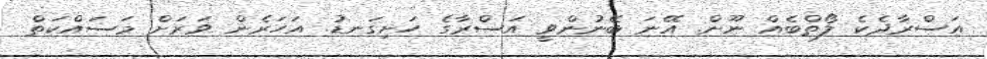
އަސްރާދެކެ ލޯތްބެއް ނޫން. އޭނަ ބޭނުންވީ އަސްރާގެ ހަށިގަނޑު. އަހަރެން ވަރަށް މަސައްކަތް